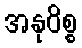
အနုဝိစ္စ